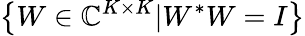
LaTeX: \left\{ W\in\mathbb{C}^{K\times K}\vert W^{*}W=I\right\}